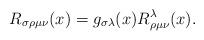
LaTeX: \begin{align*}R_{\sigma\rho\mu\nu}(x)=g_{\sigma\lambda}(x)R^\lambda_{\rho\mu\nu}(x).\end{align*}